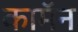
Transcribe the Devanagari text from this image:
कामॅन